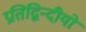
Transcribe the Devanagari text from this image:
प्रतिद्विन्दीयों